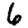
Digit: 6